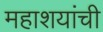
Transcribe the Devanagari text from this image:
महाशयांची